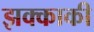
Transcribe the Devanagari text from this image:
झक्काकी